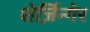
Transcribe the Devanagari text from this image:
शेर्ज़िन्गेर